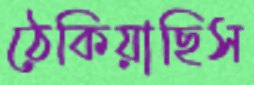
ঠেকিয়াছিস